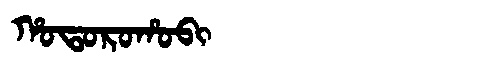
Manchu: ᡥᠣᡨᠣᡵᠣᡥᠣᠪᡳ
Romanization: HOTOROHOBI